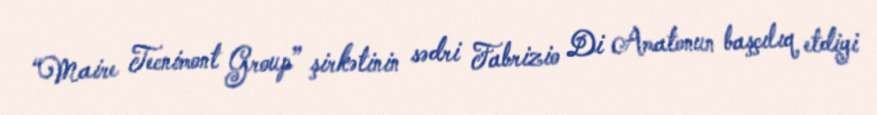
“Maire Tecnimont Group” şirkətinin sədri Fabrizio Di Amatonun başçılıq etdiyi